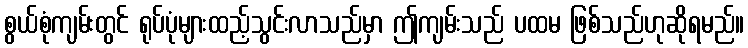
စွယ်စုံကျမ်းတွင် ရုပ်ပုံများထည့်သွင်းလာသည်မှာ ဤကျမ်းသည် ပထမ ဖြစ်သည်ဟုဆိုရမည်။